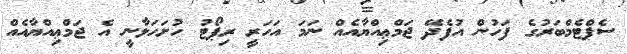
ސެޕްޓެމްބަރުގެ ފަހުން އުފެދޭ ޖަމްޢިއްޔާއެއް ނަމަ އަހަރީ ރިޕޯޓު ހުށަހަޅާނީ އެ ޖަމްޢިއްޔާއެއް